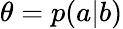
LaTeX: \theta=p(a|b)